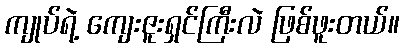
ကျုပ်ရဲ့ ကျေးဇူးရှင်ကြီးလဲ ဖြစ်ဖူးတယ်။